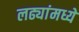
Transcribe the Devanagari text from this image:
लढ्यांमध्ये